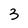
Character: 3